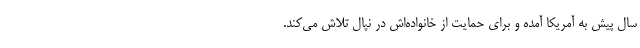
سال پیش به آمریکا آمده و برای حمایت از خانواده‌اش در نپال تلاش می‌کند.